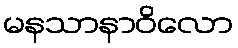
မနသာနာဝိလော